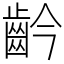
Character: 䶖